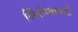
શિરોધારાનો